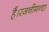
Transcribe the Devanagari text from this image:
हैं।रजनीगन्धा